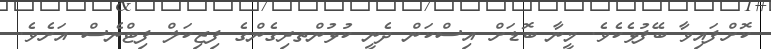
ކޮށްފައިވާ ބޭފުޅެކެވެ. މީނާ ބޮޑަށް އިސްކަން ދެނީ ކުޅުންތރިގެންގެ ފިޒިކަލް ފިޓްނެސް އަށެވެ.